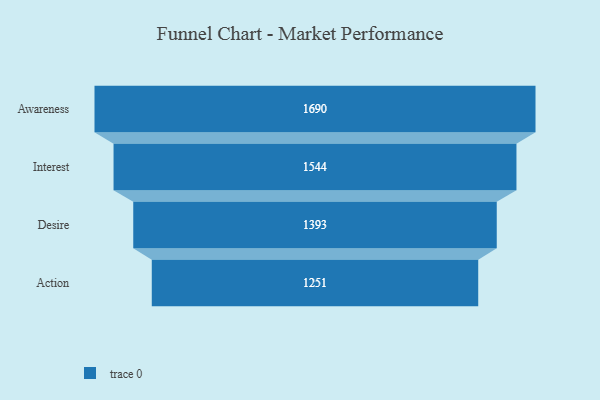
{"axis": {"x": "Stage", "y": "Value"}, "legend": [""], "data": [{"x": "Awareness", "y": 1690.0, "type": ""}, {"x": "Interest", "y": 1544.0, "type": ""}, {"x": "Desire", "y": 1393.0, "type": ""}, {"x": "Action", "y": 1251.0, "type": ""}]}